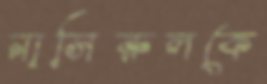
নাসিরুলকে